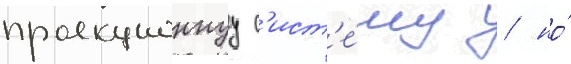
проекционнуу с'ист'е́му / но́